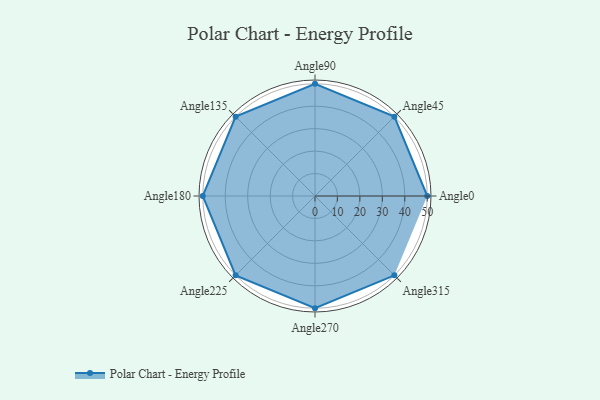
{"axis": {"x": "Angle", "y": "Radius"}, "legend": [""], "data": [{"x": "Angle0", "y": 50, "type": ""}, {"x": "Angle45", "y": 50, "type": ""}, {"x": "Angle90", "y": 50, "type": ""}, {"x": "Angle135", "y": 50, "type": ""}, {"x": "Angle180", "y": 50, "type": ""}, {"x": "Angle225", "y": 50, "type": ""}, {"x": "Angle270", "y": 50, "type": ""}, {"x": "Angle315", "y": 50, "type": ""}]}